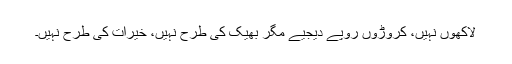
لاکھوں نہیں، کروڑوں روپے دیجیے مگر بھیک کی طرح نہیں، خیرات کی طرح نہیں۔